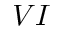
V I